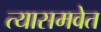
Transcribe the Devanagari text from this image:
त्यासमवेत